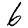
Digit: 6